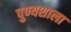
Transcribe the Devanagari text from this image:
पुण्यशाला